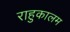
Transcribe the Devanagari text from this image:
राहुकालम